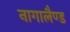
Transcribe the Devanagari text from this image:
नागालैण्‍ड